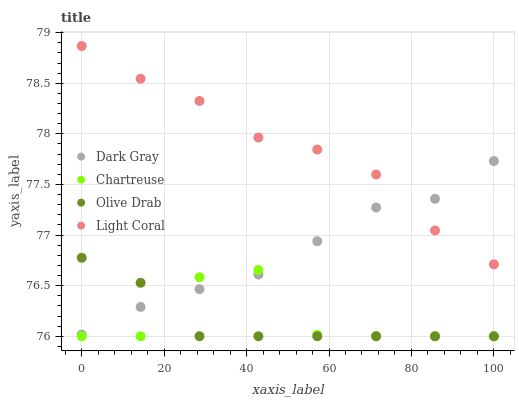
| xaxis_label | Dark Gray | Chartreuse | Olive Drab | Light Coral |
 | --- | --- | --- | --- | --- |
 | 0 | 76 | 76 | 76.8 | 78.9 |
 | 14.3 | 76.3 | 76 | 76.5 | 78.5 |
 | 28.6 | 76.5 | 76.6 | 76 | 78.3 |
 | 42.9 | 76.6 | 76.7 | 76 | 78 |
 | 57.1 | 76.9 | 76 | 76 | 77.8 |
 | 71.4 | 77.3 | 76 | 76 | 77.6 |
 | 85.7 | 77.4 | 76 | 76 | 77 |
 | 100 | 77.7 | 76 | 76 | 76.7 |